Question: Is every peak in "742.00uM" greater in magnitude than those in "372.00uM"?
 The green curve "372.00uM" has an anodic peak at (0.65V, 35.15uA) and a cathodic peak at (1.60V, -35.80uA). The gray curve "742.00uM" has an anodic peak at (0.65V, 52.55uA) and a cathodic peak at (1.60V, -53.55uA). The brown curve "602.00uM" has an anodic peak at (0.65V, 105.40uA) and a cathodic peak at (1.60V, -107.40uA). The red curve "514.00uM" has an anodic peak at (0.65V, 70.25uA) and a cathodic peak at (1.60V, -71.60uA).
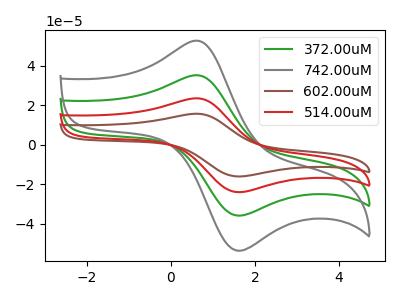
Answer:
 <answer>Every peak in "742.00uM" is higher than every peak in "372.00uM".</answer>
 <eval>higher</eval>